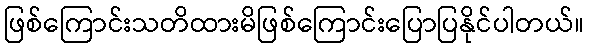
ဖြစ်ကြောင်းသတိထားမိဖြစ်ကြောင်းပြောပြနိုင်ပါတယ်။